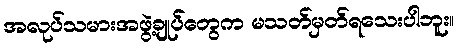
အလုပ်သမားအဖွဲ့ချုပ်တွေက မသတ်မှတ်ရသေးပါဘူး။